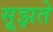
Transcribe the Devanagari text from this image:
सूझते